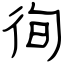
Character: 徇